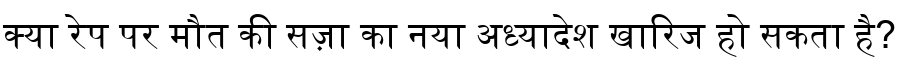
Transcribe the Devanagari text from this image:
क्या रेप पर मौत की सज़ा का नया अध्यादेश खारिज हो सकता है?